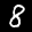
Label: 8